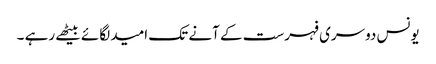
یونس دوسری فہرست کے آنے تک امید لگائے بیٹھے رہے ۔